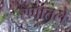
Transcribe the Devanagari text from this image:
रणातले